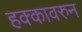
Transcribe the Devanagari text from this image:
हक्कावरुन